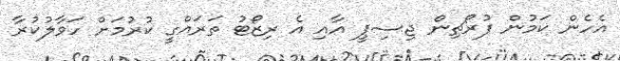
އެހެން ކަމުން ފުރޯޗިން ޖިސިޕީ އާއި އެ ރިޒޯޓު ތަރައްގީ ކުރުމަށް ހަވާލުކުރާ